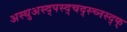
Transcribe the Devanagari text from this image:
अस्धुअस्द्पस्द्चद्स्च्नस्द्फ्